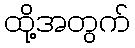
ထို့အတွက်